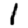
Digit: 1